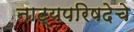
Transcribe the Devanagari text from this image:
नाट्यपरिषदेचे